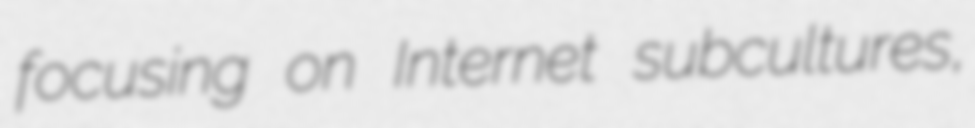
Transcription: focusing on Internet subcultures,